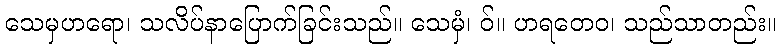
သေမှဟရော၊ သလိပ်နာပြောက်ခြင်းသည်။ သေမှံ၊ ဝ်။ ဟရတေဝ၊ သည်သာတည်း။